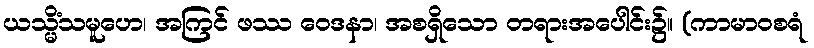
ယသ္မိံသမူဟေ၊ အကြင် ဖဿ ဝေဒနာ၊ အစရှိသော တရားအပေါင်း၌။ (ကာမာဝစရံ